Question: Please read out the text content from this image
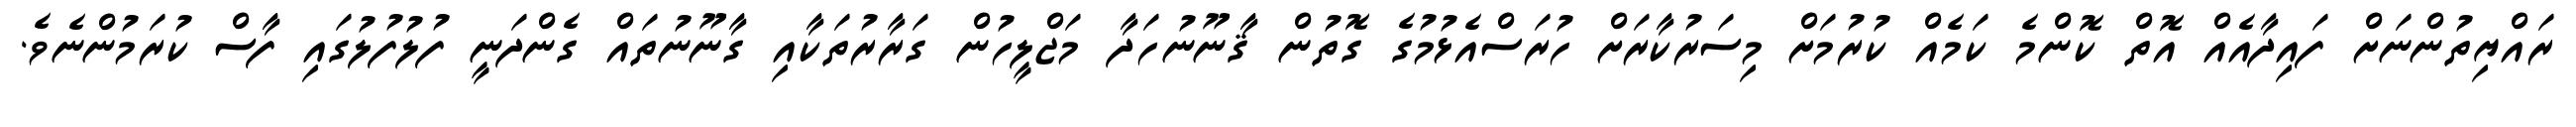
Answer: ރައްޔިތުންނަށް ފައިދާއެއް އޮތް ކޮންމެ ކަމެއް ކުރުމަށް މިސަރުކާރަށް ހުރަސްއެޅުމުގެ ގޮތުން ޤާނޫނުހަދާ މަޖްލީހުން ގަރާރުތަކާއި ގާނޫނުތައް ގެންދަނީ ފުލުފުލުގައި ފާސް ކުރަމުންނެވެ.